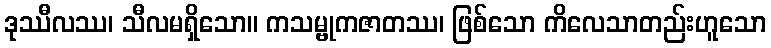
ဒုဿီလဿ၊ သီလမရှိသော။ ကသမ္ဗုကဇာတဿ၊ ဖြစ်သော ကိလေသာတည်းဟူသော